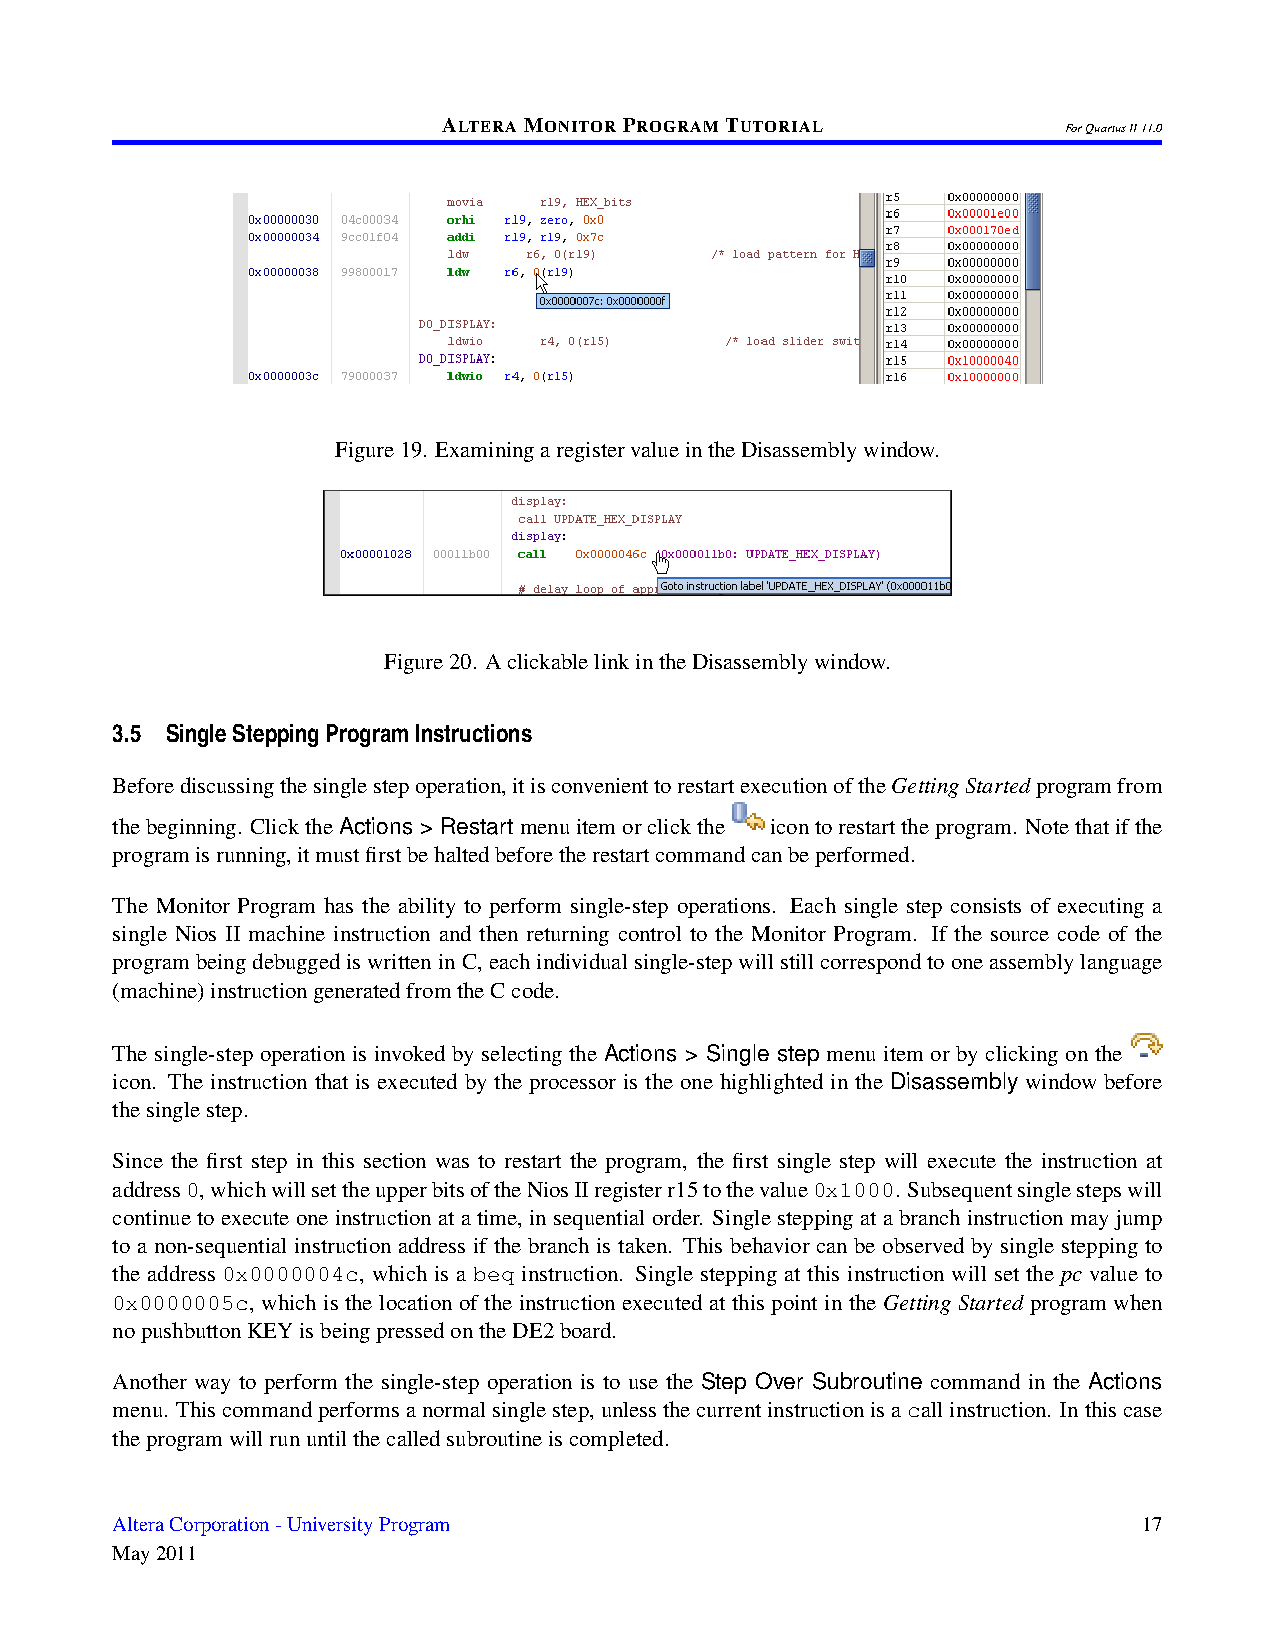
ALTERAMONITORPROGRAMTUTORIAL
 ForQuartusII11.0
 Figure19. ExaminingaregistervalueintheDisassemblywindow.
 Figure20. AclickablelinkintheDisassemblywindow.
 3.5 SingleSteppingProgramInstructions
 Beforediscussingthesinglestepoperation,itisconvenienttorestartexecutionoftheGettingStartedprogramfrom
 thebeginning. ClicktheActions > Restartmenuitemorclickthe icontorestarttheprogram. Notethatifthe
 programisrunning,itmustfirstbehaltedbeforetherestartcommandcanbeperformed.
 The Monitor Program has the ability to perform single-step operations. Each single step consists of executing a
 single Nios II machine instruction and then returning control to the Monitor Program. If the source code of the
 programbeingdebuggediswritteninC,eachindividualsingle-stepwillstillcorrespondtooneassemblylanguage
 (machine)instructiongeneratedfromtheCcode.
 The single-step operation is invoked by selecting the Actions > Single step menu item or by clicking on the
 icon. The instruction that is executed by the processor is the one highlighted in the Disassembly window before
 thesinglestep.
 Since the first step in this section was to restart the program, the first single step will execute the instruction at
 address0,whichwillsettheupperbitsoftheNiosIIregisterr15tothevalue0x1000. Subsequentsinglestepswill
 continuetoexecuteoneinstructionatatime, insequentialorder. Singlesteppingatabranchinstructionmayjump
 to a non-sequential instruction address if the branch is taken. This behavior can be observed by single stepping to
 the address 0x0000004c, which is a beq instruction. Single stepping at this instruction will set the pc value to
 0x0000005c, which is the location of the instruction executed at this point in the Getting Started program when
 nopushbuttonKEYisbeingpressedontheDE2board.
 Another way to perform the single-step operation is to use the Step Over Subroutine command in the Actions
 menu. Thiscommandperformsanormalsinglestep,unlessthecurrentinstructionisacallinstruction. Inthiscase
 theprogramwillrununtilthecalledsubroutineiscompleted.
 AlteraCorporation-UniversityProgram                                  17
 May2011